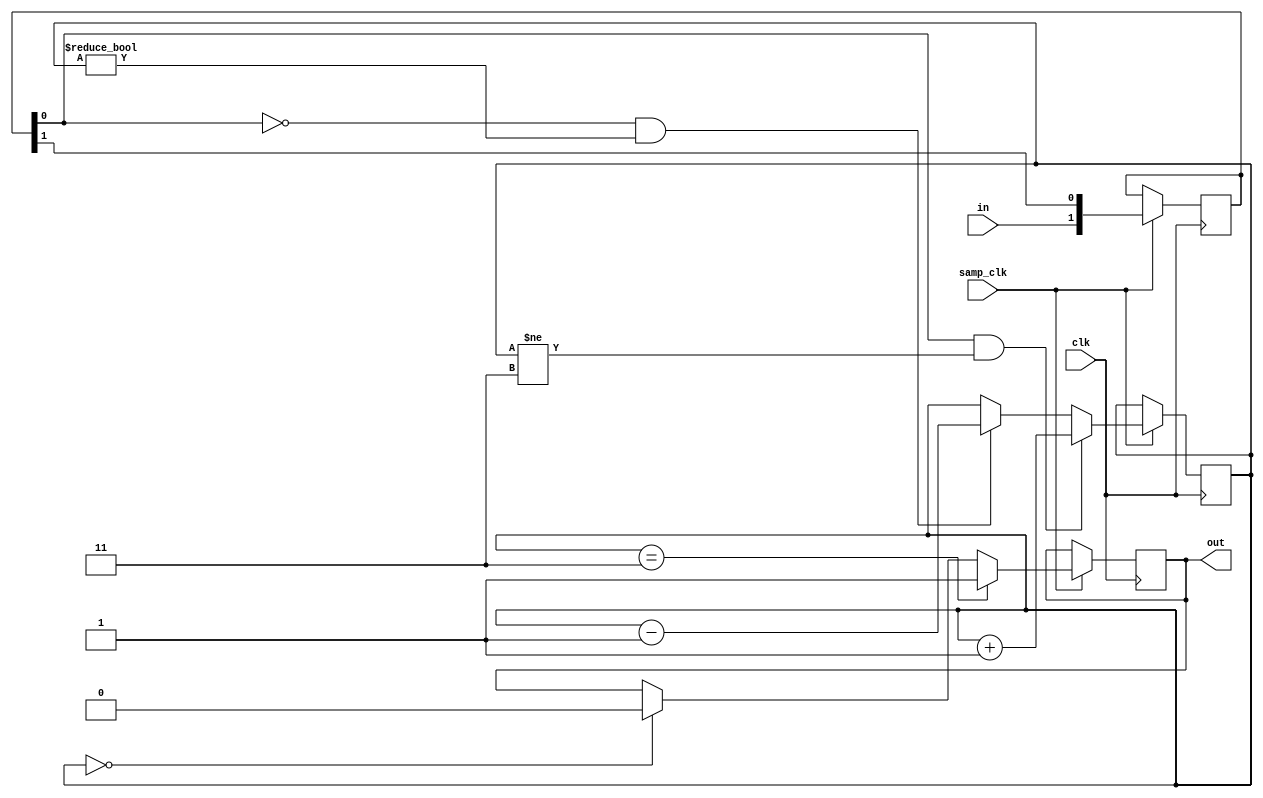
`timescale 1us/1ns
module uart_rx_filter(
  input wire clk,
  input wire samp_clk,
  input wire in,
  output reg out
);

reg [1:0] sync; // synchronize async input with shift register
wire in_sync = sync[0];

reg [1:0] cnt = 0; // counting deadband filter to de-bounce

always @(posedge clk)
  if(samp_clk)
  begin
    sync <= {in, sync[1]};

    if(in_sync==1 & cnt!=2'b11)
      cnt <= cnt+1;
    else if(in_sync==0 & cnt!=2'b00)
      cnt <= cnt-1;
    else
      cnt <= cnt;

    if(cnt==2'b11)
      out <= 1;
    else if(cnt==2'b00)
      out <= 0;
    else
      out <= out;
  end

endmodule